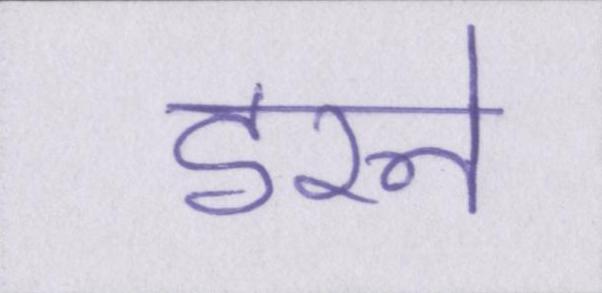
डरने